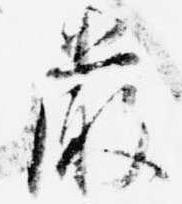
厳